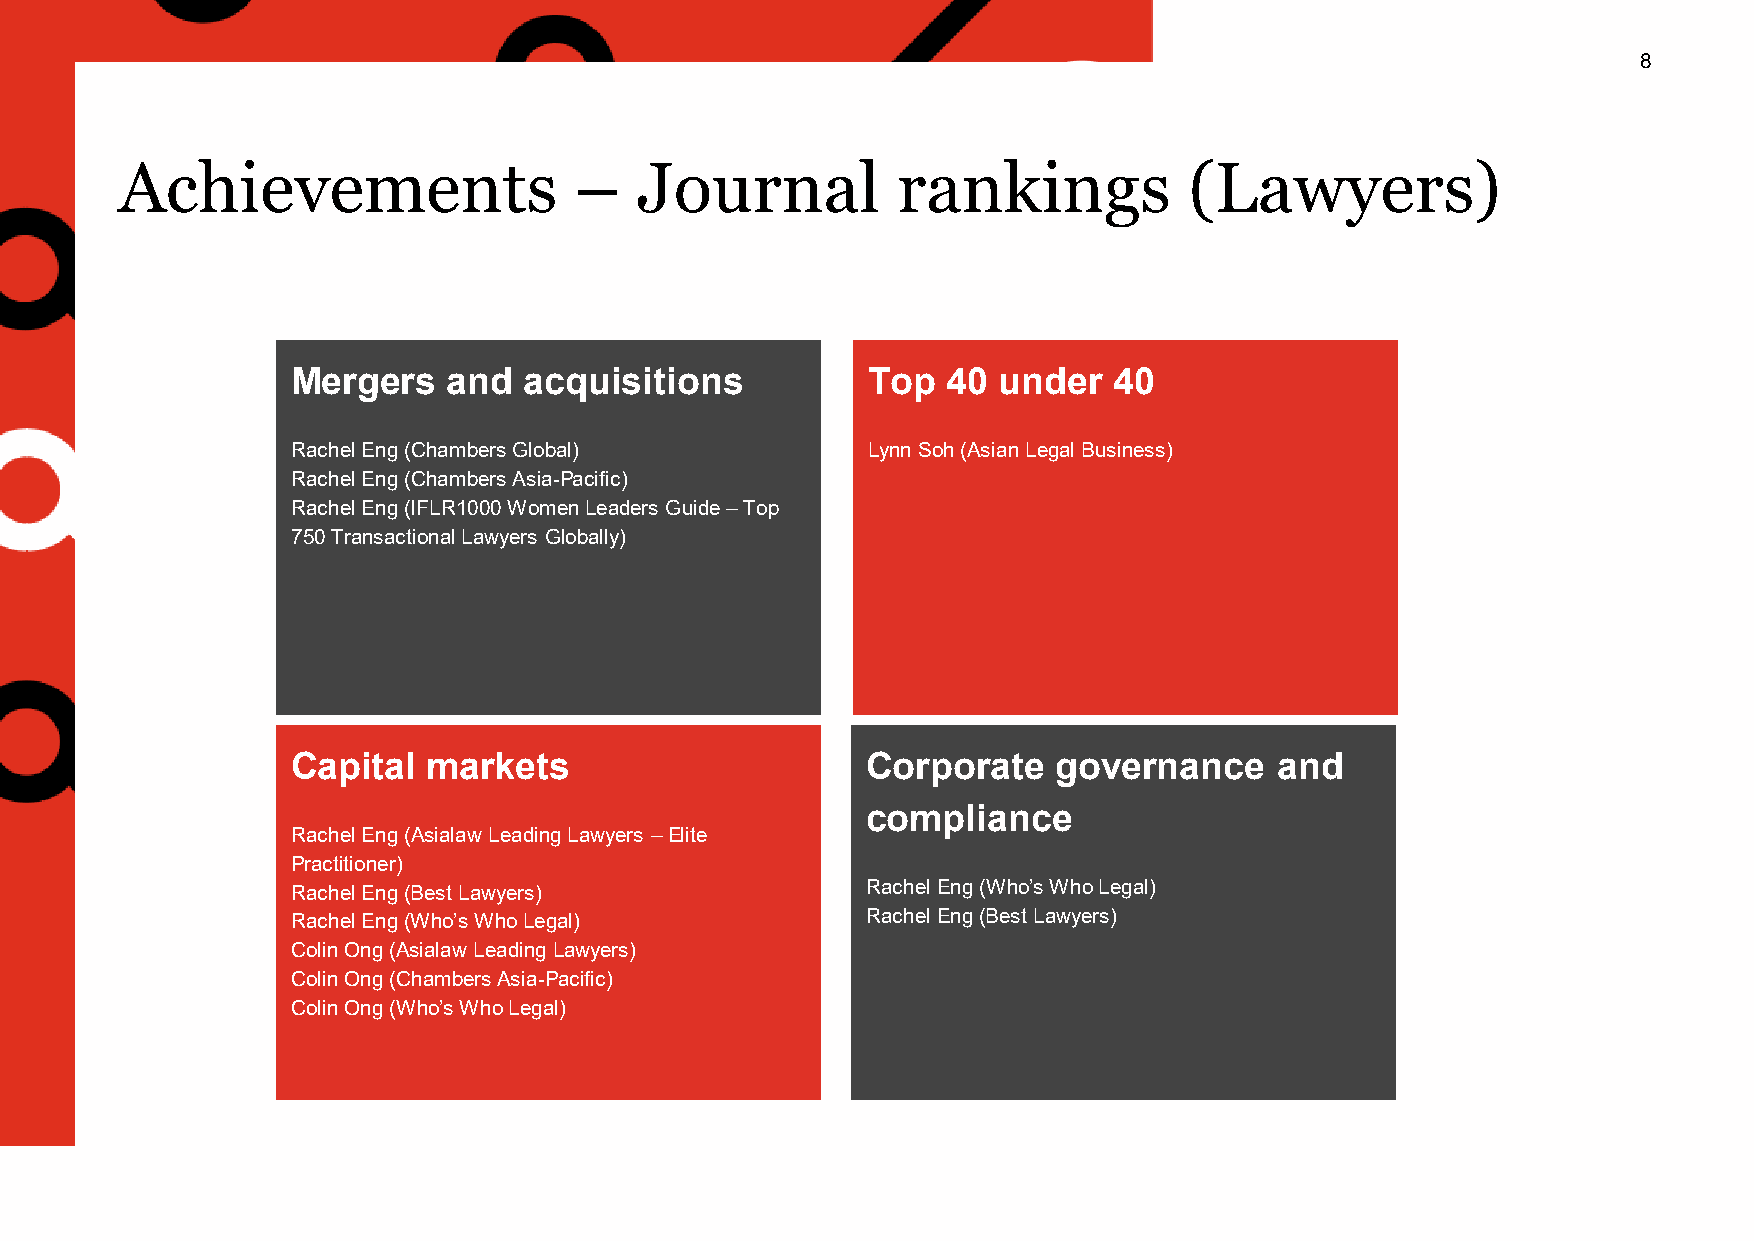
8
 Achievements                  –   Journal          rankings            (Lawyers)
 Mergers    and  acquisitions          Top   40 under   40
 Rachel Eng(Chambers Global)           Lynn Soh (Asian Legal Business)
 Rachel Eng(Chambers Asia-Pacific)
 Rachel Eng(IFLR1000 Women Leaders Guide –Top
 750 Transactional Lawyers Globally)
 Capital  markets                      Corporate    governance     and
 compliance
 Rachel Eng(Asialaw Leading Lawyers –Elite
 Practitioner)
 Rachel Eng(Best Lawyers)              Rachel Eng(Who’s Who Legal)
 Rachel Eng(Who’s Who Legal)           Rachel Eng(Best Lawyers)
 Colin Ong (AsialawLeading Lawyers)
 Colin Ong (Chambers Asia-Pacific)
 Colin Ong (Who’s Who Legal)